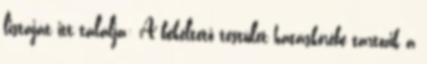
listáját itt találja: A békéltető testület hatáskörébe tartozik a